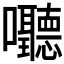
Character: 𪢧